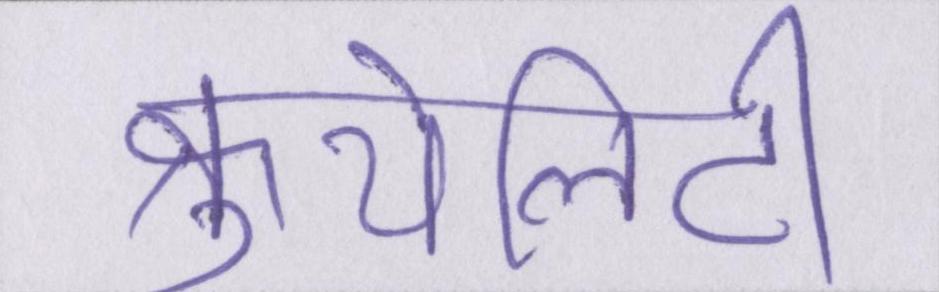
क्रुयेलिटी